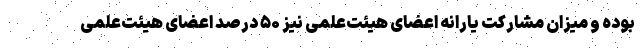
بوده و میزان مشارکت یارانه اعضای هیئت‌علمی نیز ۵۰ درصد اعضای هیئت‌علمی